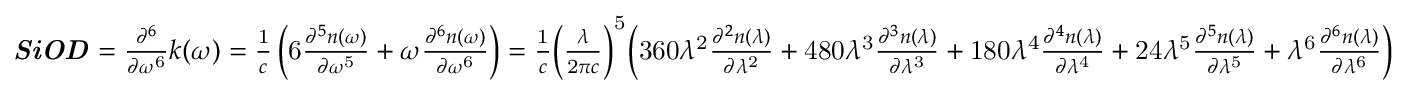
{ \begin{array} { l } { { \boldsymbol { \it { S i O D } } } = { \frac { { \partial } ^ { 6 } } { \partial { \omega } ^ { \mathrm { 6 } } } } k \mathrm { ( } \omega \mathrm { ) } = { \frac { \mathrm { 1 } } { c } } \left( \mathrm { 6 } { \frac { { \partial } ^ { 5 } n \mathrm { ( } \omega \mathrm { ) } } { \partial { \omega } ^ { \mathrm { 5 } } } } + \omega { \frac { { \partial } ^ { 6 } n \mathrm { ( } \omega \mathrm { ) } } { \partial { \omega } ^ { \mathrm { 6 } } } } \right) = { \frac { \mathrm { 1 } } { c } } { \left( { \frac { \lambda } { \mathrm { 2 } \pi c } } \right) } ^ { \mathrm { 5 } } { \Bigl ( } \mathrm { 3 6 0 } { \lambda } ^ { \mathrm { 2 } } { \frac { { \partial } ^ { 2 } n \mathrm { ( } \lambda \mathrm { ) } } { \partial { \lambda } ^ { \mathrm { 2 } } } } + \mathrm { 4 8 0 } { \lambda } ^ { \mathrm { 3 } } { \frac { { \partial } ^ { 3 } n \mathrm { ( } \lambda \mathrm { ) } } { \partial { \lambda } ^ { \mathrm { 3 } } } } + \mathrm { 1 8 0 } { \lambda } ^ { \mathrm { 4 } } { \frac { { \partial } ^ { 4 } n \mathrm { ( } \lambda \mathrm { ) } } { \partial { \lambda } ^ { \mathrm { 4 } } } } + \mathrm { 2 4 } { \lambda } ^ { \mathrm { 5 } } { \frac { { \partial } ^ { 5 } n \mathrm { ( } \lambda \mathrm { ) } } { \partial { \lambda } ^ { \mathrm { 5 } } } } + { \lambda } ^ { \mathrm { 6 } } { \frac { { \partial } ^ { 6 } n \mathrm { ( } \lambda \mathrm { ) } } { \partial { \lambda } ^ { \mathrm { 6 } } } } { \Bigr ) } } \end{array} }